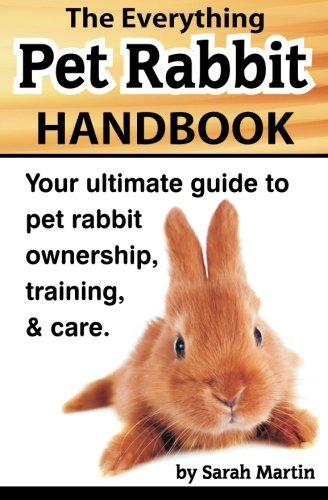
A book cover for The Everything Pet Rabbit Handbook: Your Ultimate Guide to Pet Rabbit Ownership, Training, and Care; Sarah Martin; Crafts, Hobbies & Home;